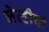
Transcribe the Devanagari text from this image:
लेव्हीची